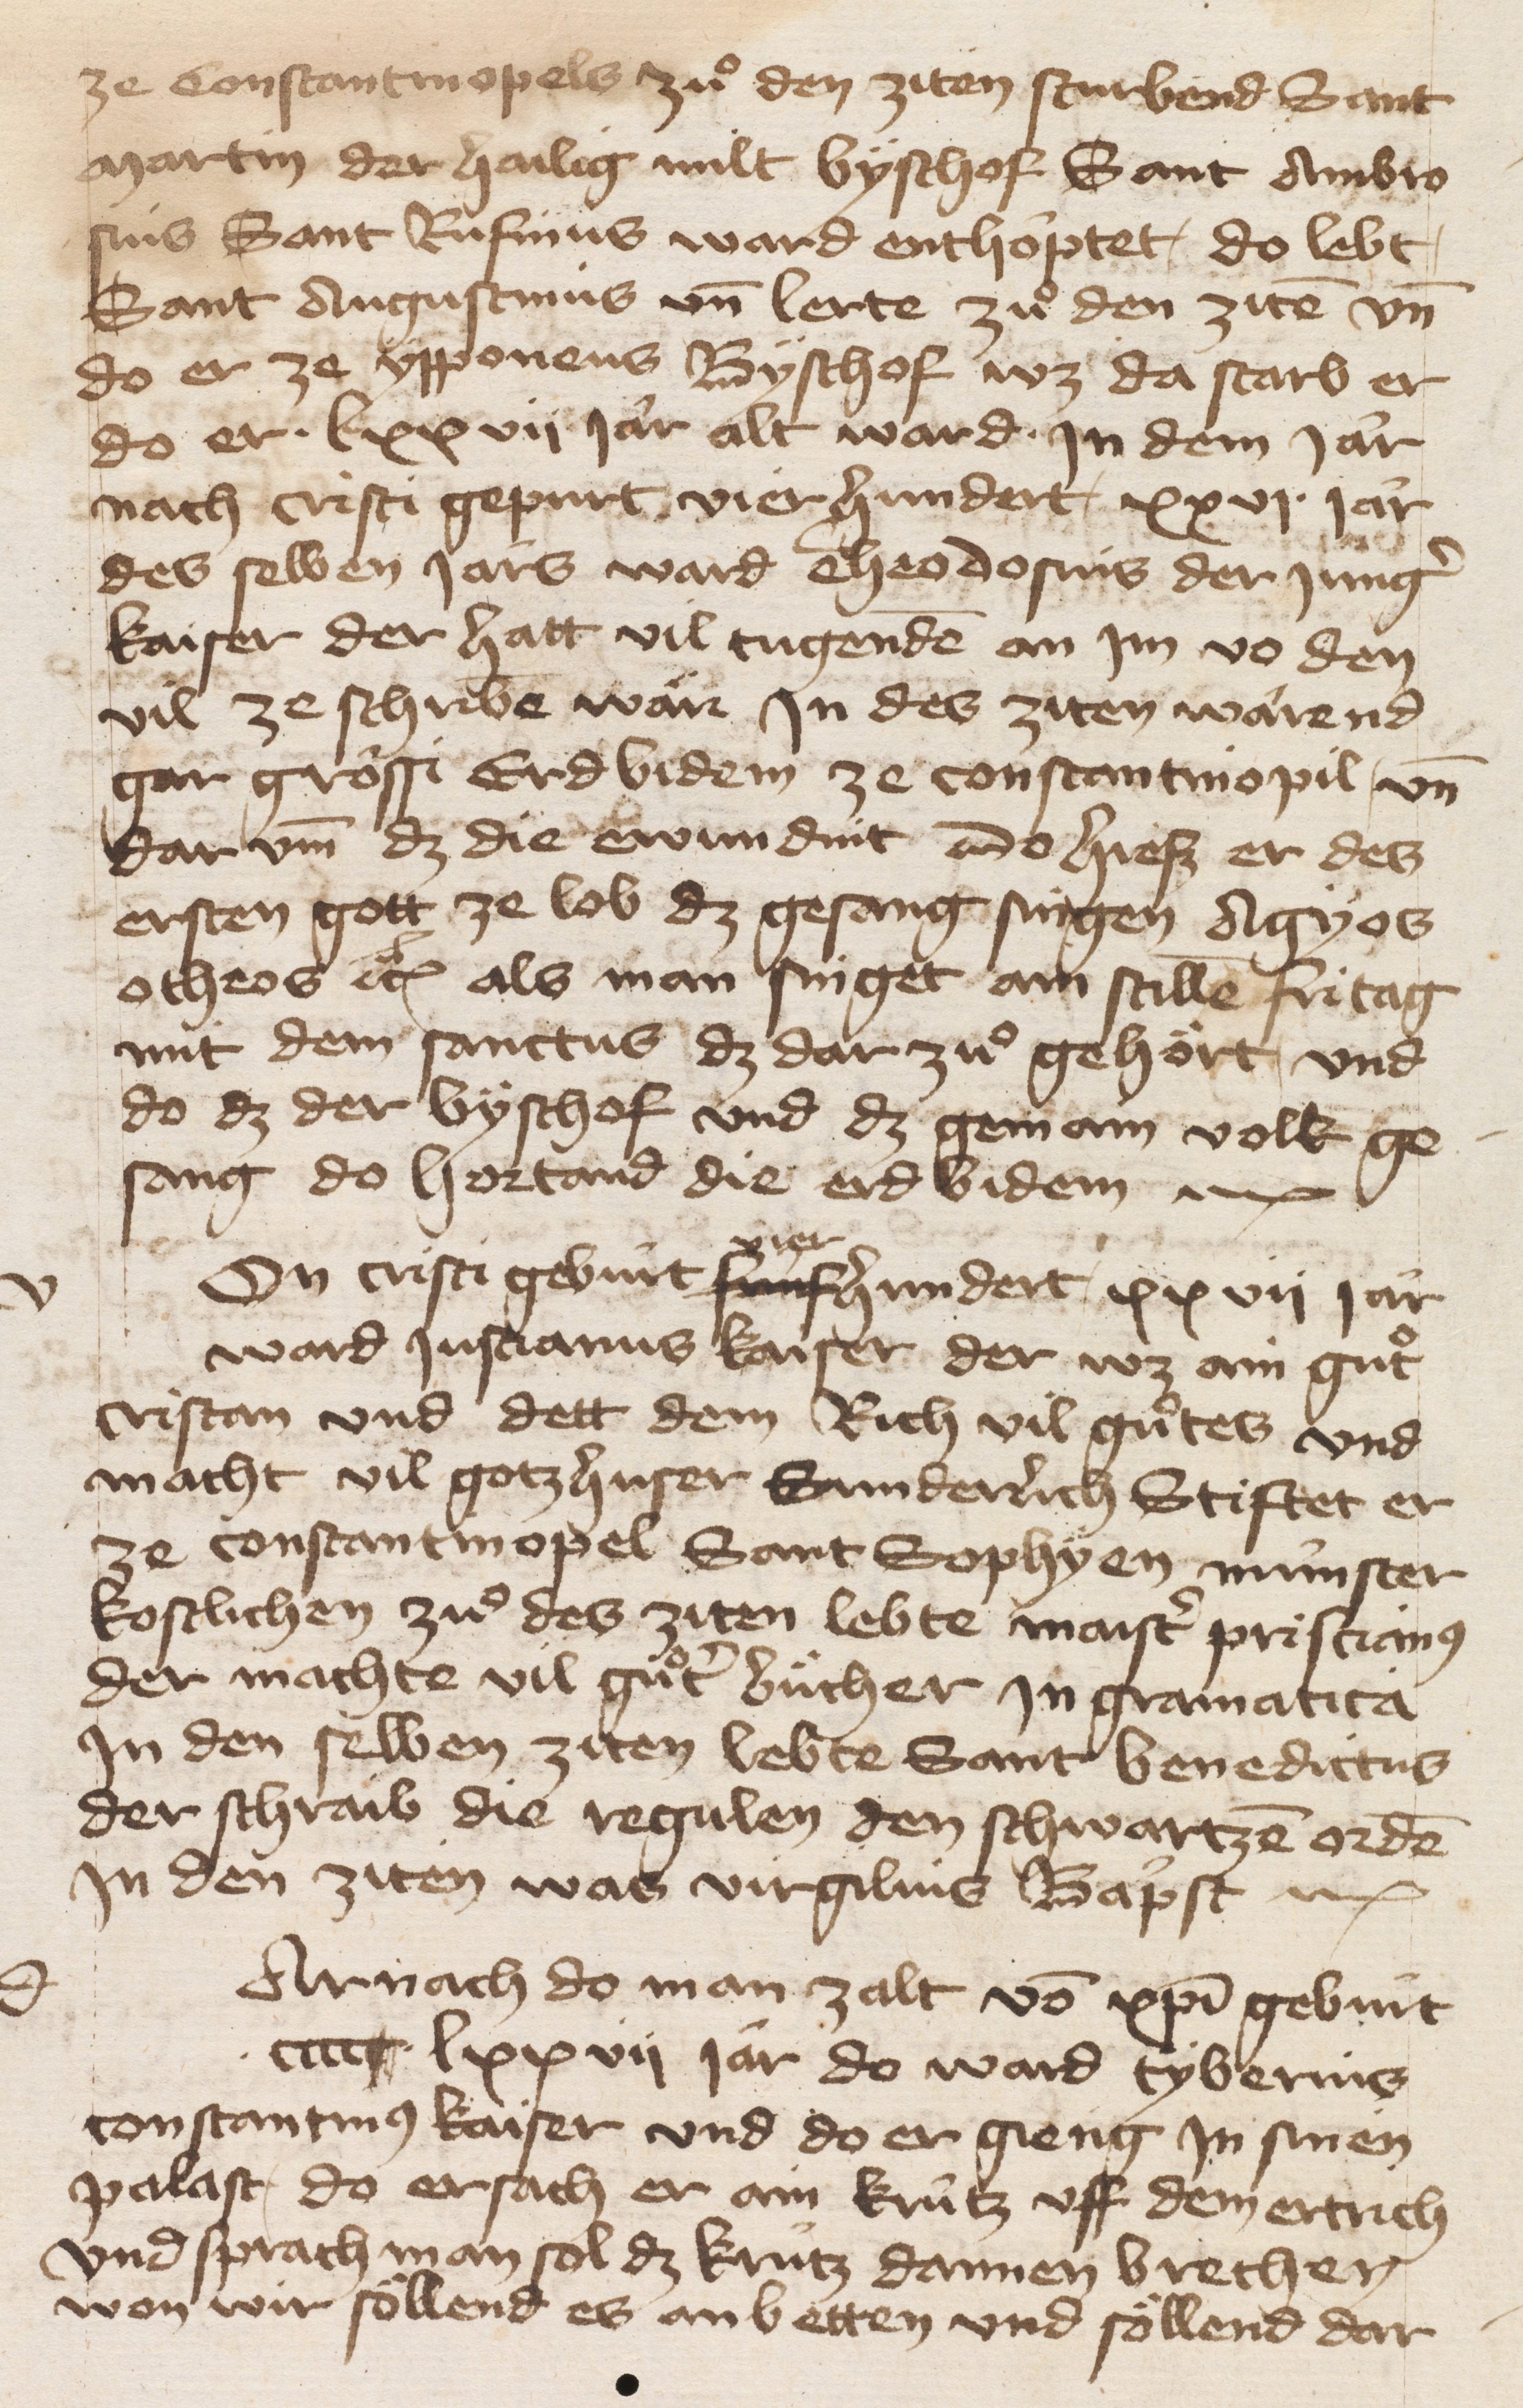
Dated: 1400–1499